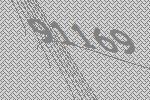
91169